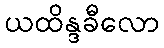
ယထိန္ဒခီလော